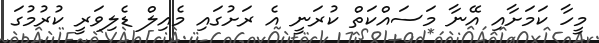
މީހާ ކަމަށާއި އޭނާ މަސައްކަތް ކުރަނީ އެ ރަށުގައި މެއިލް ޑެލިވަރީ ކުރުމުގަ